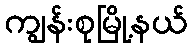
ကျွန်းစုမြို့နယ်